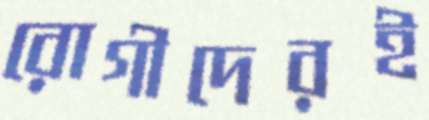
রোগীদেরই